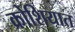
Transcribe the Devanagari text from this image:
क्रोशियात